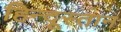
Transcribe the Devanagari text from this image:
हिन्दूस्तान